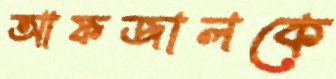
আফজালকে